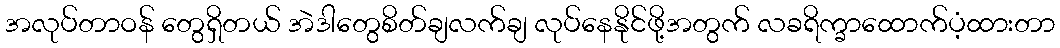
အလုပ်တာဝန် တွေရှိတယ် အဲဒါတွေစိတ်ချလက်ချ လုပ်နေနိုင်ဖို့အတွက် လခရိက္ခာထောက်ပံ့ထားတာ